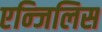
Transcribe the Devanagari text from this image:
एन्जिलिस